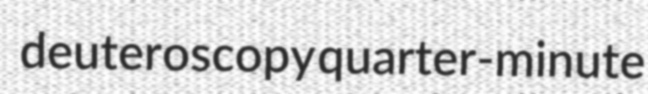
deuteroscopy quarter-minute